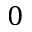
0